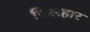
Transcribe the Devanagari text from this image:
फिलहार